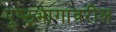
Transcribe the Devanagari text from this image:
पृष्ठ्भागावरील